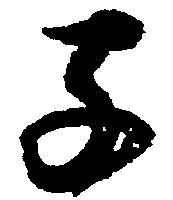
子